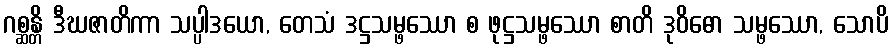
ဂစ္ဆန္တိ ဒီဃဇာတိကာ သပ္ပါဒယော, တေသံ ဒဋ္ဌသမ္ဖဿော စ ဖုဋ္ဌသမ္ဖဿော စာတိ ဒုဝိဓော သမ္ဖဿော, သောပိ